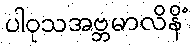
ပါဝုသအဗ္ဘမာလိနိံ